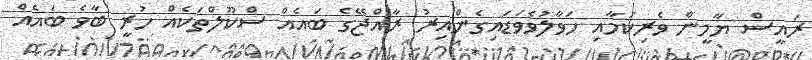
ރައީސް ޔާމީން ވެރިކަމާއި ހަވާލުވެވަޑައިގެންއިރު ރާއްޖޭގެ ބައެއް ސްކޫލްތަކެއް ހުރީ ބާވެ ބައެއް